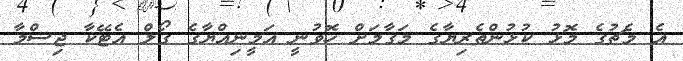
އެ މެޗުގެ މޮޅު ކުޅުންތެރިޔާގެ މަގާމަށް ހޮވުނީ އަމީނިއްޔާގެ ގޯލް އެޓޭކާ ޖިސްމާ